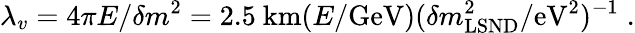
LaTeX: \lambda_{v}=4\pi E/\delta m^{2}=2.5\mathrm{~km}(E/\mathrm{GeV})(\delta m_{\mathrm{LSND}}^{2}/\mathrm{eV}^{2})^{-1}\; .